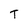
Character: T